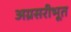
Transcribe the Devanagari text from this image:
अग्रसरीभूत